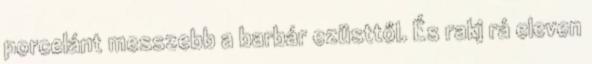
porcelánt messzebb a barbár ezüsttől. És rakj rá eleven